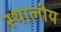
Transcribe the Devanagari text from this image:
स्थालीय